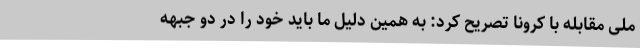
ملی مقابله با کرونا تصریح کرد: به همین دلیل ما باید خود را در دو جبهه